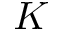
K